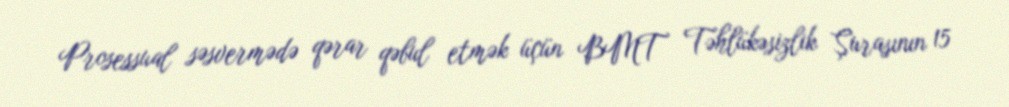
Prosessual səsvermədə qərar qəbul etmək üçün BMT Təhlükəsizlik Şurasının 15